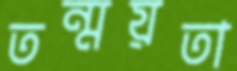
তন্ময়তা